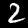
Label: 2